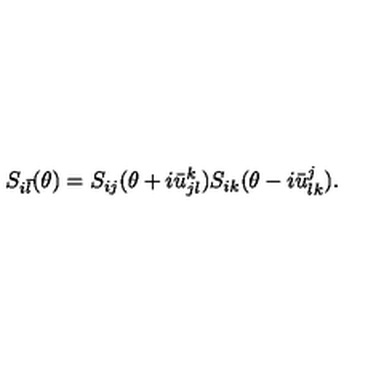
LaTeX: S _ { i \bar { l } } ( \theta ) = S _ { i j } ( \theta + i \bar { u } _ { j l } ^ { k } ) S _ { i k } ( \theta - i \bar { u } _ { l k } ^ { j } ) .